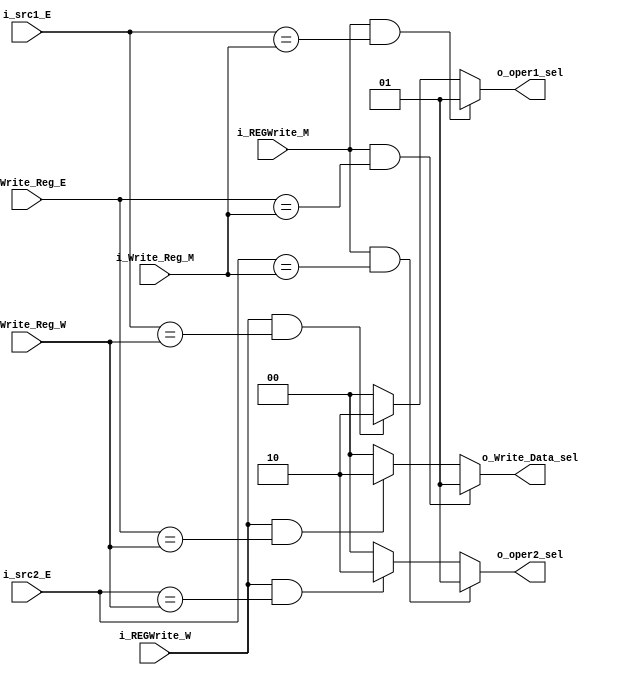
module FORWARDING_LOGIC(
    input [4:0] i_src1_E, i_src2_E, i_Write_Reg_E,
    input [4:0] i_Write_Reg_M, i_Write_Reg_W,
    input i_REGWrite_M, i_REGWrite_W,
    output reg [1:0] o_oper1_sel, o_oper2_sel, o_Write_Data_sel
);

always @(*) begin
    o_oper1_sel <= 2'b00;
    o_oper2_sel <= 2'b00;
    o_Write_Data_sel <= 2'b00;

    if(i_REGWrite_M && i_Write_Reg_E == i_Write_Reg_M)
        o_Write_Data_sel <= 2'b01;
    else if(i_REGWrite_W && i_Write_Reg_E == i_Write_Reg_W)
        o_Write_Data_sel <= 2'b10;

    if(i_REGWrite_M && i_src1_E == i_Write_Reg_M)
        o_oper1_sel <= 2'b01;
    else if(i_REGWrite_W && i_src1_E == i_Write_Reg_W)
        o_oper1_sel <= 2'b10;

    if(i_REGWrite_M && i_src2_E == i_Write_Reg_M)
        o_oper2_sel <= 2'b01;
    else if(i_REGWrite_W && i_src2_E == i_Write_Reg_W)
        o_oper2_sel <= 2'b10;

end

endmodule